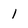
Character: 1